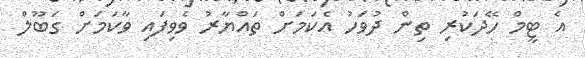
އެ ޓީމް ހޭދަކުރި ތިން ދުވަހު އެކަމަށް ތައްޔާރު ވެވިފައި ވާކަމަށް ގަބޫލް